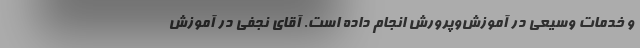
و خدمات وسیعی در آموزش‌و‌پرورش انجام داده است. آقای نجفی در آموزش